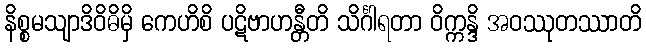
နိစ္စမသျာဒိဝိဓိမှိ ကေဟိစိ ပဋိဗာဟန္တီတိ သိင်္ဂါရတာ ဝိက္ကန္ဒိ အဝဿုတဿာတိ